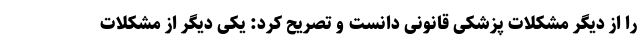
را از دیگر مشکلات پزشکی قانونی دانست و تصریح کرد: یکی دیگر از مشکلات